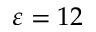
\varepsilon = 1 2